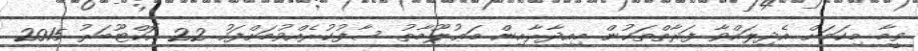
ވީމާ މިކަމަށް އެދިލައްވާ ފަރާތްތަކުން މިއިދާރާއިން މަޢުލޫމާތު ސާފުކުރެއްވުމަށްފަހު 22 އޮކްޓޫބަރު 2015